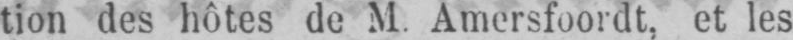
tion des hôtes de M. Amersfoordt, et les